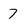
Character: 7